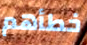
خطأهم